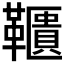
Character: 𩍨